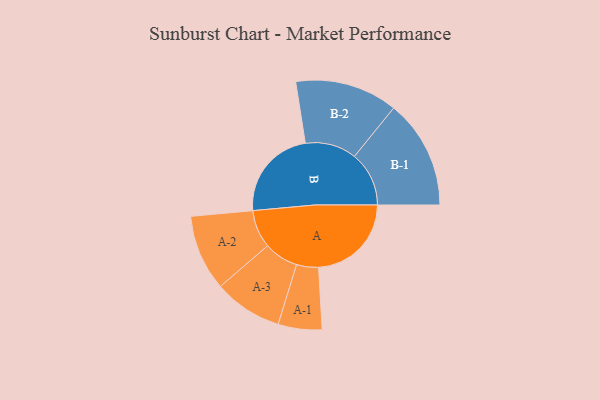
{"axis": {"x": "Segment", "y": "Value"}, "legend": ["", "A", "B"], "data": [{"x": "A", "y": 432, "type": ""}, {"x": "B", "y": 430, "type": ""}, {"x": "A-1", "y": 102, "type": "A"}, {"x": "A-2", "y": 177, "type": "A"}, {"x": "A-3", "y": 160, "type": "A"}, {"x": "B-1", "y": 254, "type": "B"}, {"x": "B-2", "y": 239, "type": "B"}]}